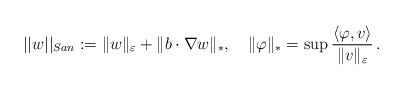
\begin{align*}||w||_{San}:=\|w\|_\varepsilon +\|b\cdot \nabla w\|_*,\quad\|\varphi\|_*=\sup\frac{\langle\varphi,v\rangle}{\|v\|_\varepsilon}\,.\end{align*}